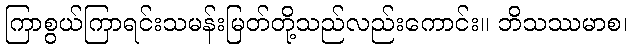
ကြာစွယ်ကြာရင်းသမန်းမြတ်တို့သည်လည်းကောင်း။ ဘိသဿမာစ၊